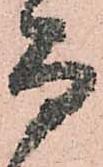
而